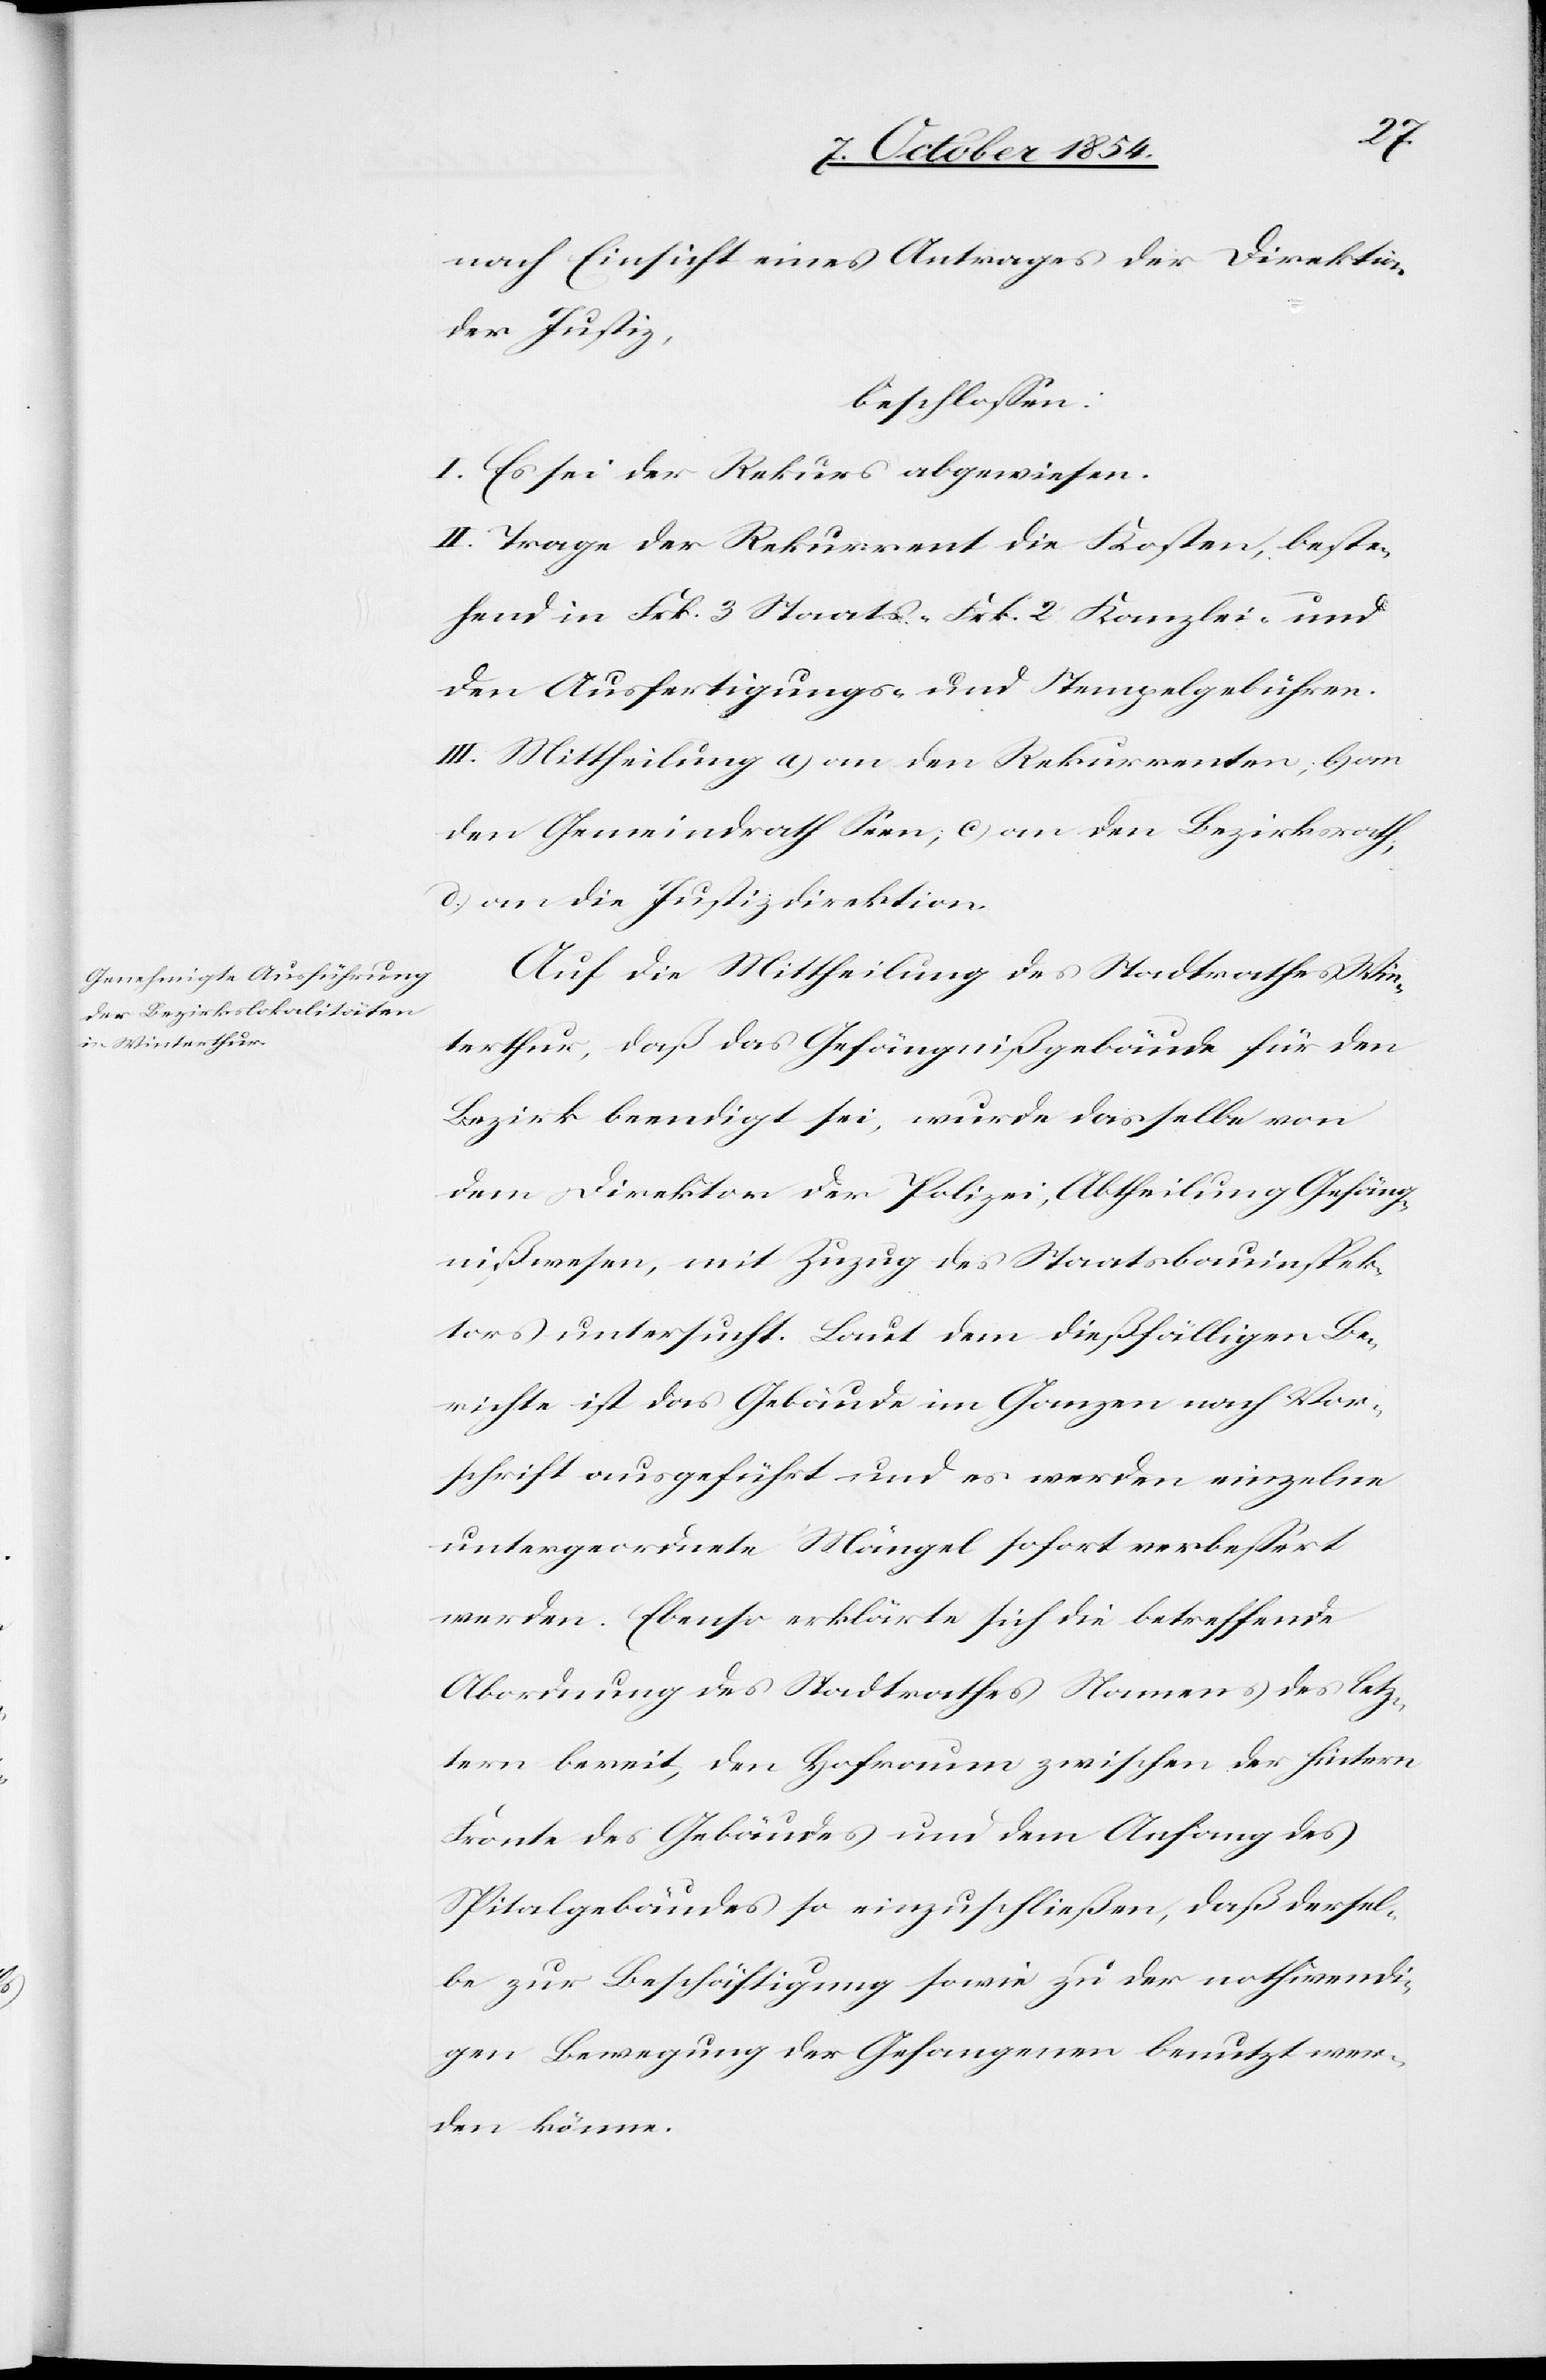
nach Einsicht eines Antrages der Direktion
der Justiz,
beschloßen:
I. Es sei der Rekurs abgewiesen.
II. Trage der Rekurrent die Kosten, beste¬
hend in Frk. 3 Staats-[,] Frk. 2 Kanzlei- und
den Ausfertigungs- und Stempelgebühren.
III. Mittheilung a) an den Rekurrenten; b) an
den Gemeindrath Seen, c) an den Bezirksrath;
d) an die Justizdirektion.
Auf die Mittheilung des Stadtrathes Win¬
terthur, daß das Gefängnißgebäude für den
Bezirk beendigt sei, wurde dasselbe von
dem Direktor der Polizei, Abtheilung Gefäng¬
nißwesen, mit Zuzug des Staatsbauinspek¬
tors untersucht. Laut dem dießfälligen Be¬
richte ist das Gebäude im Ganzen nach Vor¬
schrift ausgeführt und es werden einzelne
untergeordnete Mängel sofort verbeßert
werden. Ebenso erklärte sich die betreffende
Abordnung des Stadtrathes Namens des letz¬
tern bereit, den Hofraum zwischen der hintern
Fronte des Gebäudes und dem Anfang des
Spitalgebäudes so einzuschließen, daß dersel¬
be zur Beschäftigung sowie zu der nothwendi¬
gen Bewegung der Gefangenen benutzt wer¬
den könne.